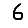
Digit: 6